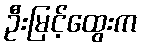
ဦးမြင့်ထွေးက